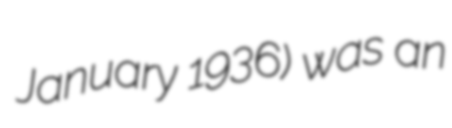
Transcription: January 1936) was an